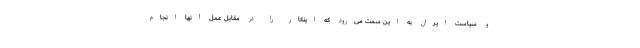
و سیاست ایران به این سمت می‌رود که اینکار را در مقابل عمل آنها انجام